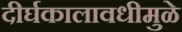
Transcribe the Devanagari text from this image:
दीर्घकालावधीमुळे